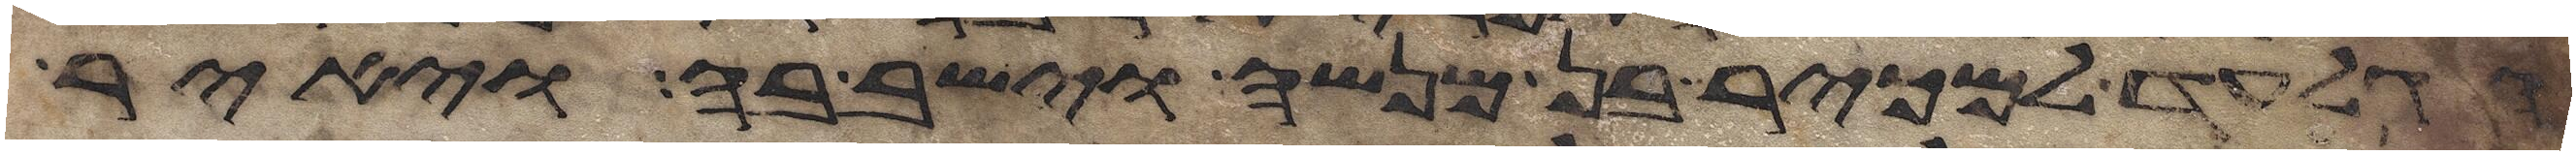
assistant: הגלעד למכיר בן מנשה וישב בה ויאיר